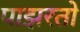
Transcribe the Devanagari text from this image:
पाझरतो